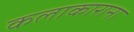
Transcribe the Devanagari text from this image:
कलाकाराना